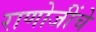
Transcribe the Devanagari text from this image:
राणोजींचे